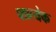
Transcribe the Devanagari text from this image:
फ्प्रत्येक